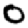
Digit: 0